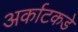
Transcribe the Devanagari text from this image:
अर्काटकडे